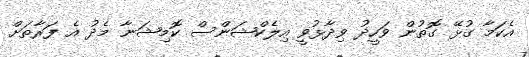
އެކަމާ ގުޅޭ ގޮތުން ވަހީދު ވިދާޅުވީ އިލެކްޝަންސް ކޮމިޝަނާ މެދު އެ ފަރާތަށް